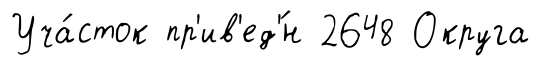
Уча́сток пр'ив'ед'́н 2648 Округа